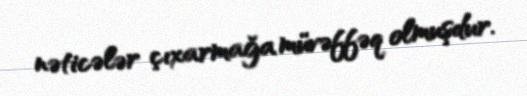
nəticələr çıxarmağa müvəffəq olmuşdur.